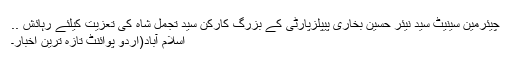
چیئرمین سینیٹ سید نیئر حسین بخاری پیپلزپارٹی کے بزرگ کارکن سید تجمل شاہ کی تعزیت کیلئے رہائش ..
اسلام آباد(اُردو پوائنٹ تازہ ترین اخبار۔